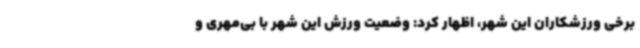
برخی ورزشکاران این شهر، اظهار کرد: وضعیت ورزش این شهر با بی‌مهری و